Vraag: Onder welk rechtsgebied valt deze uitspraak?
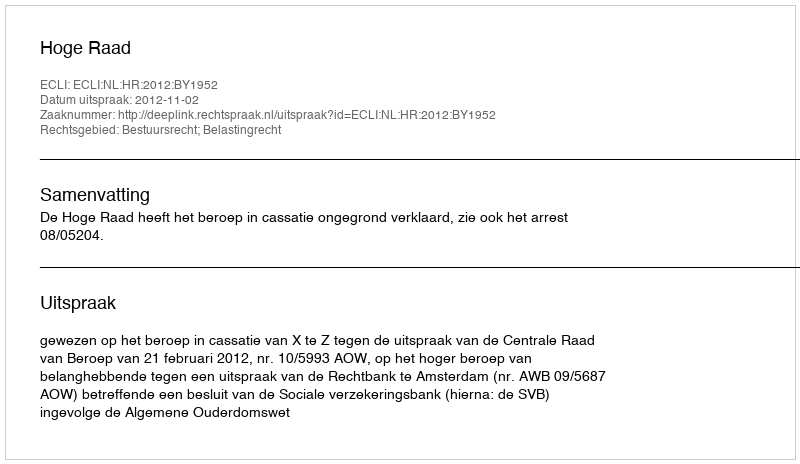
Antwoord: Bestuursrecht; Belastingrecht